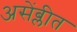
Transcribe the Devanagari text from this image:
असेंब्लीत